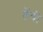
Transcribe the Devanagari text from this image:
तेंची